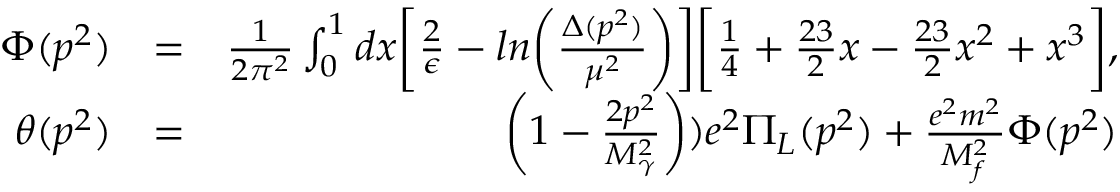
\begin{array} { r l r } { \Phi ( p ^ { 2 } ) } & { = } & { \frac { 1 } { 2 \pi ^ { 2 } } \int _ { 0 } ^ { 1 } d x \biggl [ \frac { 2 } { \epsilon } - l n \biggl ( \frac { \Delta ( p ^ { 2 } ) } { \mu ^ { 2 } } \biggr ) \biggr ] \biggl [ \frac { 1 } { 4 } + \frac { 2 3 } { 2 } x - \frac { 2 3 } { 2 } x ^ { 2 } + x ^ { 3 } \biggr ] , } \\ { \theta ( p ^ { 2 } ) } & { = } & { \biggl ( 1 - \frac { 2 p ^ { 2 } } { M _ { \gamma } ^ { 2 } } \biggr ) ) e ^ { 2 } \Pi _ { L } ( p ^ { 2 } ) + \frac { e ^ { 2 } m ^ { 2 } } { M _ { f } ^ { 2 } } \Phi ( p ^ { 2 } ) } \end{array}